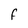
Character: F